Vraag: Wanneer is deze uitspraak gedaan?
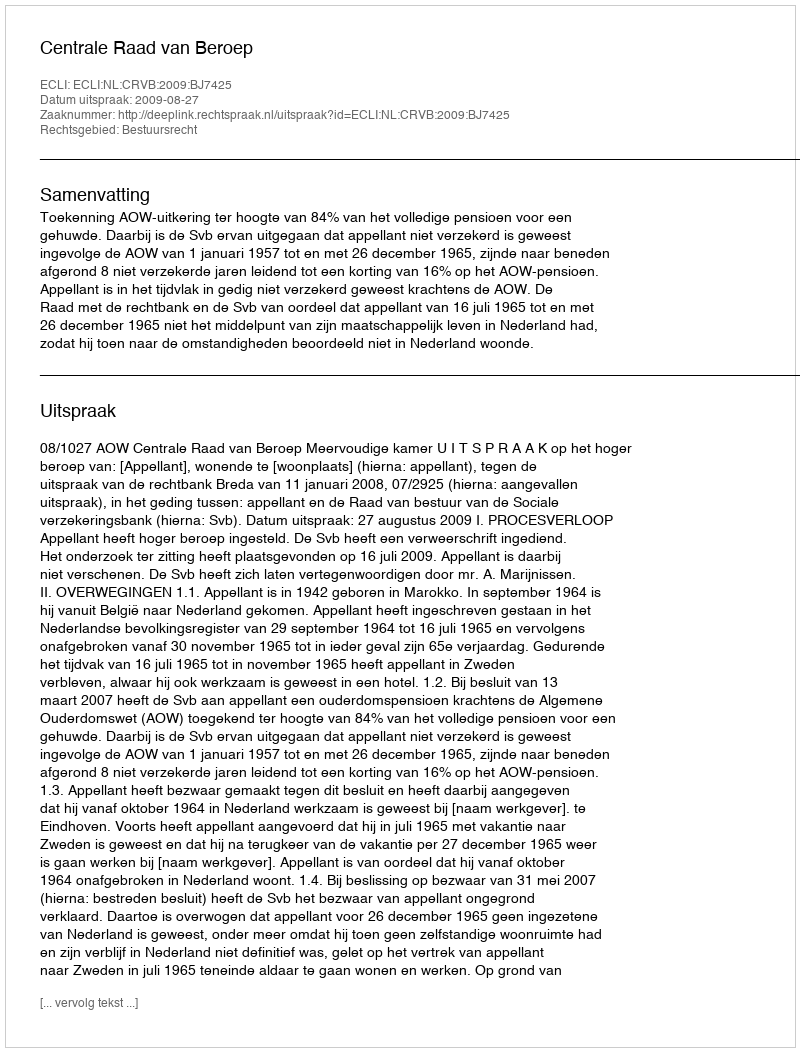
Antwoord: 2009-08-27